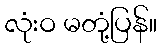
လုံးဝ မတုံ့ပြန်။